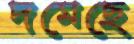
দমেছে